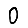
Digit: 0